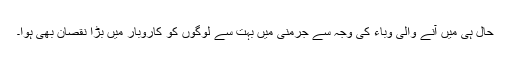
حال ہی میں آنے والی وباء کی وجہ سے جرمنی میں بہت سے لوگوں کو کاروبار میں بڑا نقصان بھی ہوا۔